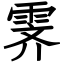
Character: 霁